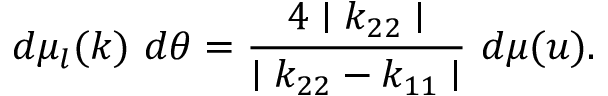
d \mu _ { l } ( k ) ~ d \theta = \frac { 4 \mid k _ { 2 2 } \mid } { \mid k _ { 2 2 } - k _ { 1 1 } \mid } ~ d \mu ( u ) .